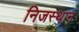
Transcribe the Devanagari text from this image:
निजस्थान